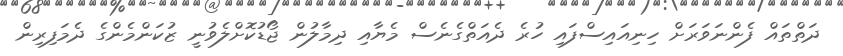
ދަތްތައް ފެންނަވަރަށް ހިނިއައިސްފައި ހުރެ ދެއަތްގެނެސް މެޔާއި ދިމާލުން ޖޯޑުކޮށްލެވުނީ ޒުކަންމެންގެ ދެމަފިރިން